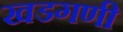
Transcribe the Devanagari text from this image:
खडगणी